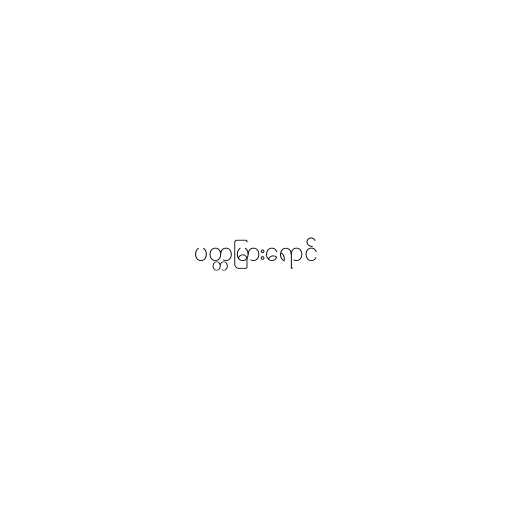
ပတ္တမြားရောင်